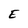
Character: E